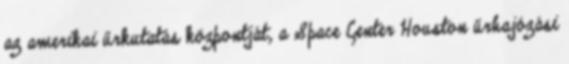
az amerikai űrkutatás központját, a Space Center Houston űrhajózási